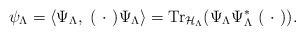
LaTeX: \begin{align*}\psi_{\Lambda} = \langle \Psi_{\Lambda} , \ ( \ \cdot \ )\Psi_{\Lambda}\rangle= \hbox{Tr}_{\mathcal{H}_{\Lambda}}(\Psi_{\Lambda}\Psi_{\Lambda}^* \ ( \ \cdot \ )).\end{align*}